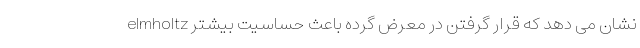
elmholtz نشان می دهد که قرار گرفتن در معرض گرده باعث حساسیت بیشتر